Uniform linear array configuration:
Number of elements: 64
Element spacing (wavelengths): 1
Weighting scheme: binomial
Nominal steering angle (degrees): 30
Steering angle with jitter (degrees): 29.139
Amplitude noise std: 0.05
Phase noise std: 0.05

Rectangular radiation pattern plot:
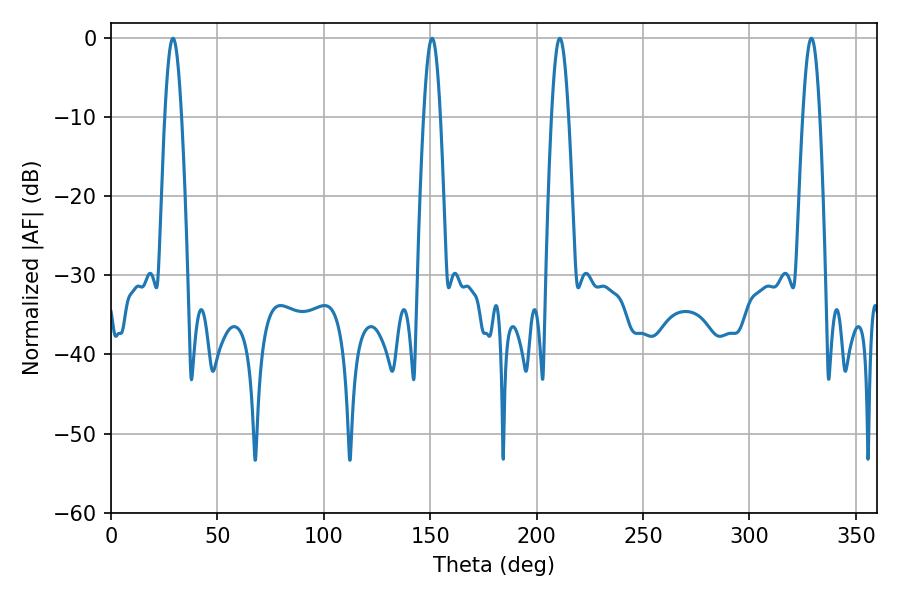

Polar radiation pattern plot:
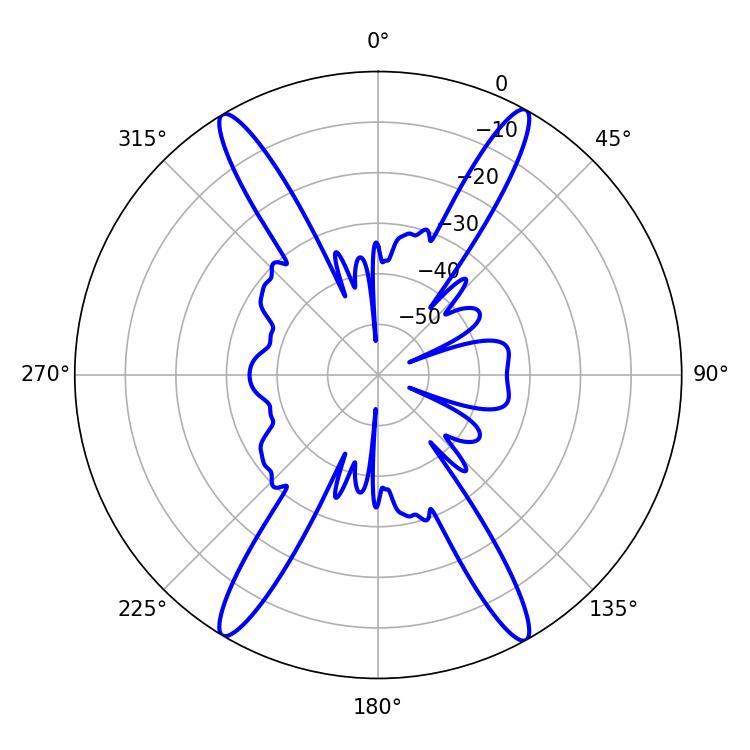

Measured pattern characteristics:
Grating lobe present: TRUE
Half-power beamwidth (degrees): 4.32
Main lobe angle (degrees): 29.16